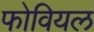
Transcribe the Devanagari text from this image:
फोवियल